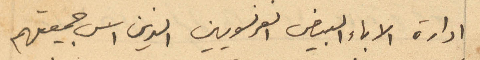
ادارة الاباء البيض الفرنسويين الذين اسس جمعيتهم